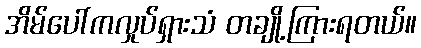
အိမ်ပေါ်ကလှုပ်ရှားသံ တချို့ကြားရတယ်။